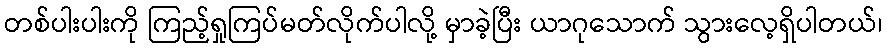
တစ်ပါးပါးကို ကြည့်ရှုကြပ်မတ်လိုက်ပါလို့ မှာခဲ့ပြီး ယာဂုသောက် သွားလေ့ရှိပါတယ်၊